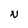
Character: N